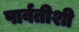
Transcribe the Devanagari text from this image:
पार्वतीशी